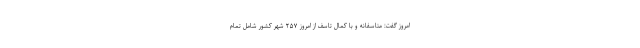
امروز گفت: متاسفانه و با کمال تاسف از امروز ۲۵۷ شهر کشور شامل تمام